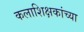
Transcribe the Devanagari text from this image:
कलाशिक्षकांच्या